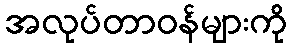
အလုပ်တာဝန်များကို